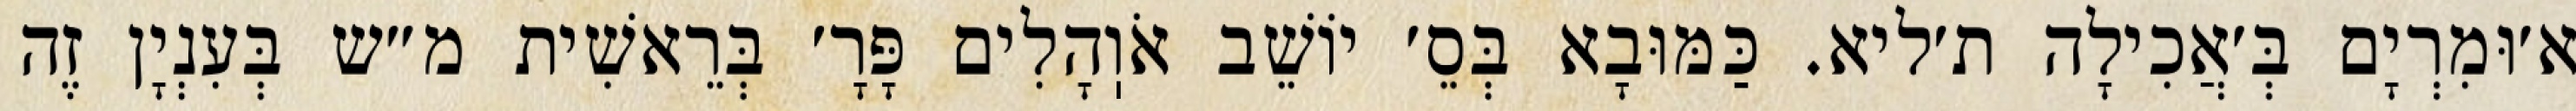
א׳וּמִרְיָם בְּ׳אֲכִילָה ת׳ליא. כַּמּוּבָא בְּסֵ׳ יוֹשֵׁב אֹוֽהָלִים פָּרָ׳ בְּרֵאשִׁית מ״ש בְּעִנְיָן זֶה